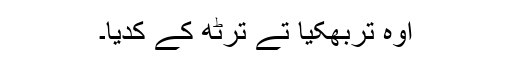
اوہ تربھکیا تے ترٹھ کے کُدیا۔